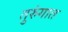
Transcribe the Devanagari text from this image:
तुरुंंगात